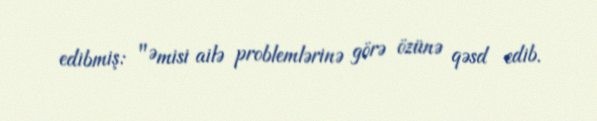
edibmiş: "Əmisi ailə problemlərinə görə özünə qəsd edib.